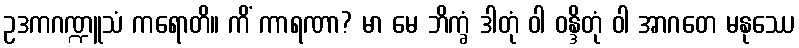
ဥဒကဂဏ္ဍူသံ ကရောတိ။ ကိံ ကာရဏာ? မာ မေ ဘိက္ခံ ဒါတုံ ဝါ ဝန္ဒိတုံ ဝါ အာဂတေ မနုဿေ